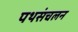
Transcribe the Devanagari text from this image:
पथसंचलन